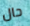
حال